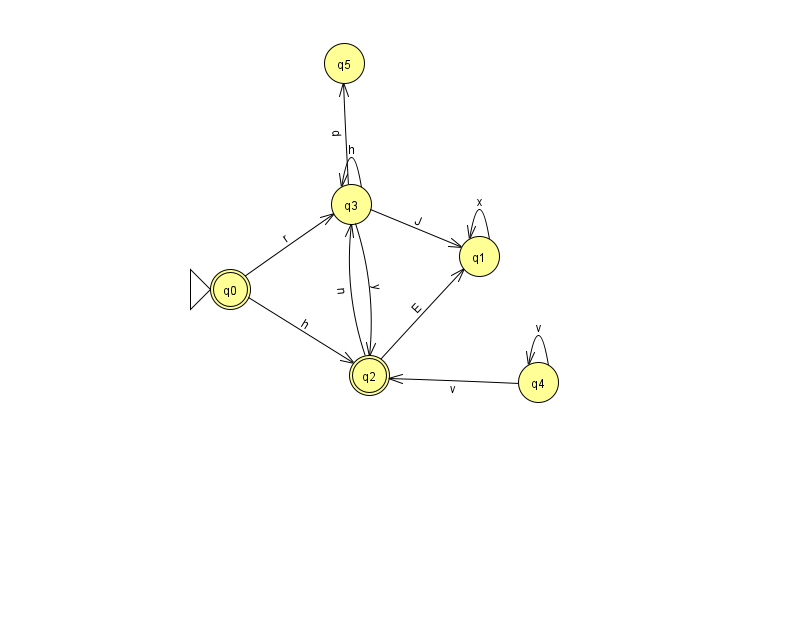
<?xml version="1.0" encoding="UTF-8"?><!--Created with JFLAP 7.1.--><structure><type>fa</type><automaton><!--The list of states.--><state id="0" name="q0"><x>230.0</x><y>276.0</y><initial/><final/></state><state id="1" name="q1"><x>479.0</x><y>243.0</y></state><state id="2" name="q2"><x>369.0</x><y>362.0</y><final/></state><state id="3" name="q3"><x>351.0</x><y>191.0</y></state><state id="4" name="q4"><x>538.0</x><y>369.0</y></state><state id="5" name="q5"><x>344.0</x><y>50.0</y></state><!--The list of transitions.--><transition><from>2</from><to>3</to><read>n</read></transition><transition><from>4</from><to>2</to><read>v</read></transition><transition><from>3</from><to>2</to><read>y</read></transition><transition><from>4</from><to>4</to><read>v</read></transition><transition><from>0</from><to>2</to><read>h</read></transition><transition><from>1</from><to>1</to><read>x</read></transition><transition><from>3</from><to>3</to><read>h</read></transition><transition><from>2</from><to>1</to><read>E</read></transition><transition><from>3</from><to>5</to><read>d</read></transition><transition><from>3</from><to>1</to><read>J</read></transition><transition><from>0</from><to>3</to><read>r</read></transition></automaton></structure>